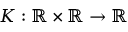
K : \mathbb { R } \times \mathbb { R } \to \mathbb { R }